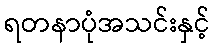
ရတနာပုံအသင်းနှင့်